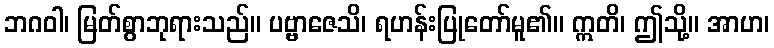
ဘဂဝါ၊ မြတ်စွာဘုရားသည်။ ပဗ္ဗာဇေသိ၊ ရဟန်းပြုတော်မူ၏။ ဣတိ၊ ဤသို့။ အာဟ၊